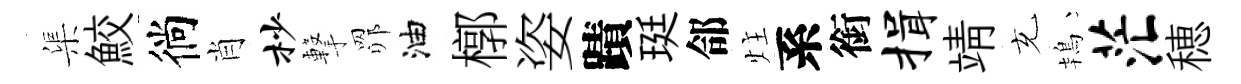
渠鮫徜肖杪撃𦊑油槨姿蹟珽郃炷系銜揖靖充鴇茫穂